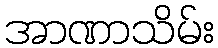
အာဏာသိမ်း